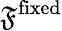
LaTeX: \mathfrak{F}^{\mathrm{fixed}}